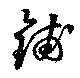
鋪